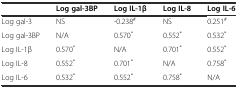
|  | Log gal-3BP | Log IL-1β | Log IL-8 | Log IL-6 |
 | --- | --- | --- | --- | --- |
 | Log gal-3 | NS | -0.238# | NS | 0.251# |
 | Log gal-3BP | N/A | 0.570* | 0.552* | 0.532* |
 | Log IL-1β | 0.570* | N/A | 0.701* | 0.552* |
 | Log IL-8 | 0.552* | 0.701* | N/A | 0.758* |
 | Log IL-6 | 0.532* | 0.552* | 0.758* | N/A |